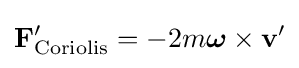
\mathbf {F} '_{\mathrm {Coriolis} }=-2m{\boldsymbol {\omega }}\times \mathbf {v} '